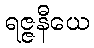
ရဇ္ဇနီယေ